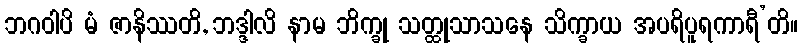
ဘဂဝါပိ မံ ဇာနိဿတိ, ဘဒ္ဒါလိ နာမ ဘိက္ခု သတ္ထုသာသနေ သိက္ခာယ အပရိပူရကာရီ’တိ။